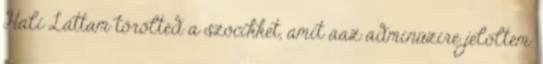
Hali Láttam törölted a szócikket, amit aaz adminüzire jelöltem.